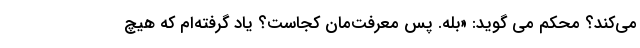
می‌کند؟ محکم می گوید: «بله. پس معرفت‌مان کجاست؟ یاد گرفته‌ام که هیچ